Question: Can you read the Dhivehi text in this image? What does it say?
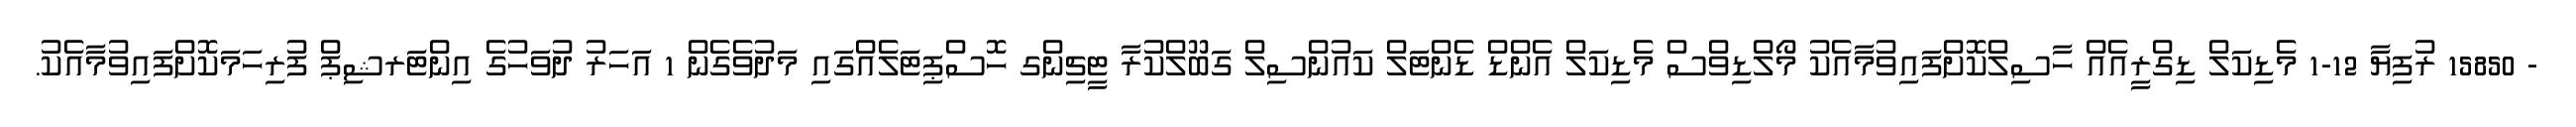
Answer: - 15850 ރުފިޔާ 12-1 މެޑިކަލް ޑިގްރީއެއް ހާސިލްކޮށްފައިވުމާއެކު މޯލްޑިވްސް މެޑިކަލް އެންޑް ޑެންޓަލް ކައުންސިލް ގަބޫލްކުރާ ޓީޗިންގ ހޮސްޕިޓަލެއްގައި މަދުވެގެން 1 އަހަރު ދުވަހުގެ އިންޓަރޝިޕް ފުރިހަމަކޮށްފައިވުމާއެކު.